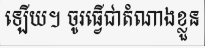
ឡើយ។ ចូរធ្វើជាតំណាងខ្លួន